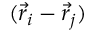
( \vec { r } _ { i } - \vec { r } _ { j } )